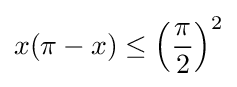
x(\pi -x)\leq \left({\frac {\pi }{2}}\right)^{2}